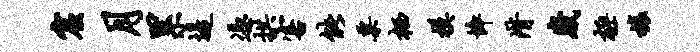
窟月累堤凭拱害能粟栖模悴潸崴极榱